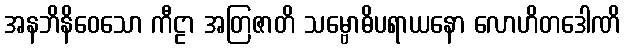
အနဘိနိဝေသော ကီဠာ အတြဇာတိ သမ္ဗောဓိပရာယနော လောဟိတဒေါဏိ